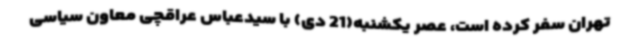
تهران سفر کرده است، عصر یکشنبه(21 دی) با سیدعباس عراقچی معاون سیاسی